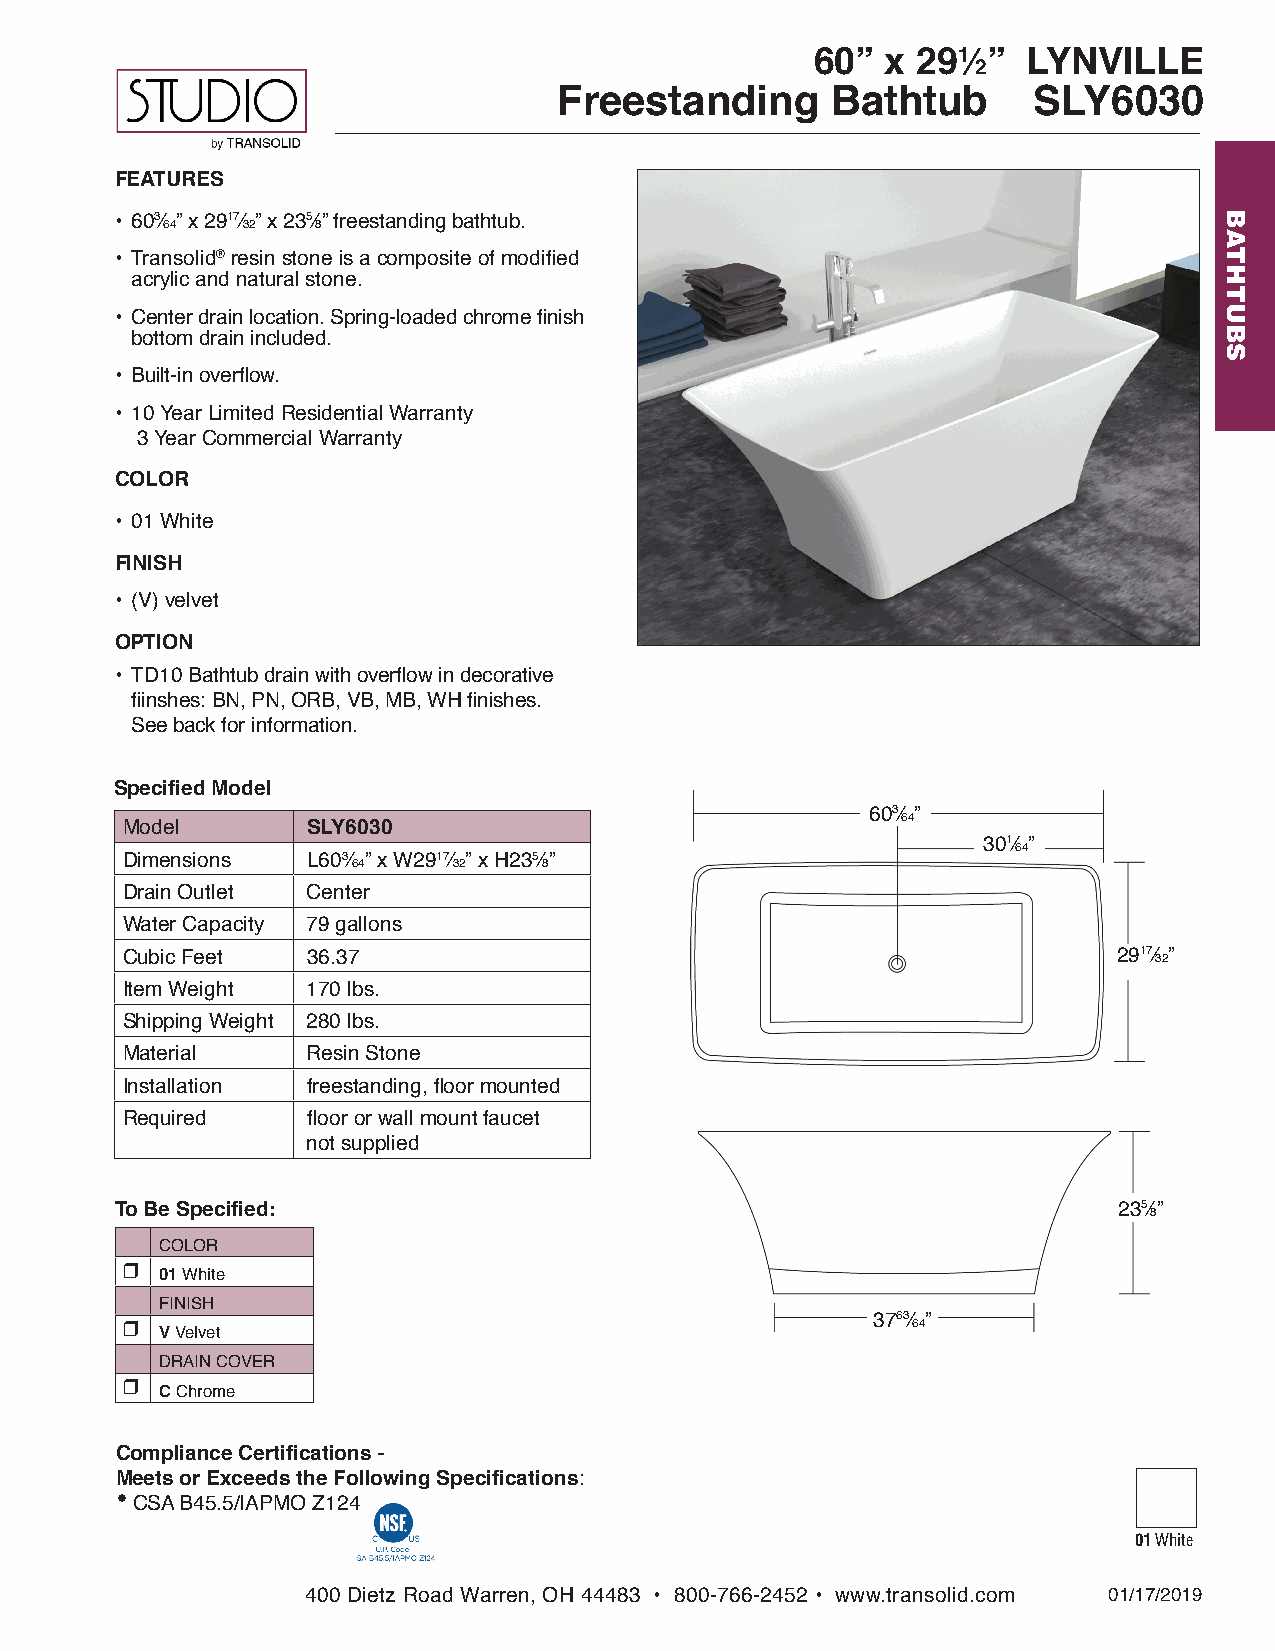
60”  x 291⁄ ” LYNVILLE
 2
 Freestanding      Bathtub      SLY6030
 FEATURES
 • 603⁄64” x 2917⁄32” x 235⁄8” freestanding bathtub.
 • Transolid® resin stone is a composite of modified
 acrylic and natural stone.
 • Center drain location. Spring-loaded chrome finish
 bottom drain included.
 • Built-in overflow.
 • 10 Year Limited Residential Warranty
 3 Year Commercial Warranty
 COLOR
 • 01 White
 FINISH
 • (V) velvet
 OPTION
 • TD10 Bathtub drain with overflow in decorative
 fiinshes: BN, PN, ORB, VB, MB, WH finishes.
 See back for information.
 Specified Model
 603⁄64”
 Model       SLY6030
 301⁄64”
 Dimensions  L603⁄64” x W2917⁄32” x H235⁄8”
 Drain Outlet Center
 Water Capacity 79 gallons
 Cubic Feet  36.37                                                 2917⁄32”
 Item Weight 170 lbs.
 Shipping Weight 280 lbs.
 Material    Resin Stone
 Installation freestanding, floor mounted
 Required    floor or wall mount faucet
 not supplied
 To Be Specified:                                                  235⁄8”
 COLOR
 r
 01 White
 FINISH
 r                                                 3763⁄64”
 V Velvet
 DRAIN COVER
 r
 C Chrome
 Compliance Certifications -
 Meets or Exceeds the Following Specifications:
 •
 CSA B45.5/IAPMO Z124
 01 White
 400 Dietz Road Warren, OH 44483 • 800-766-2452 • www.transolid.com 01/17/2019
 BATHTUBS